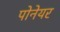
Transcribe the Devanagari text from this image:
पोनेयर